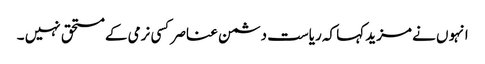
انہو ں نے مزید کہا کہ ریاست دشمن عناصر کسی نرمی کے مستحق نہیں ۔